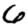
Digit: 6